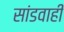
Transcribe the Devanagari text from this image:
सांडवाही